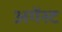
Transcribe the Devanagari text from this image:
अगेंस्‍ट